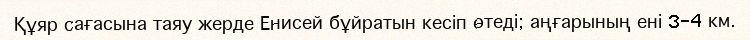
Құяр сағасына таяу жерде Енисей бұйратын кесіп өтеді; аңғарының ені 3-4 км.